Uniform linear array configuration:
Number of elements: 12
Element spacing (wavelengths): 0.5
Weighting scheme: hamming
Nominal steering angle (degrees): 60
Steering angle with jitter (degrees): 61.104
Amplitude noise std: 0.05
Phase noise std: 0.05

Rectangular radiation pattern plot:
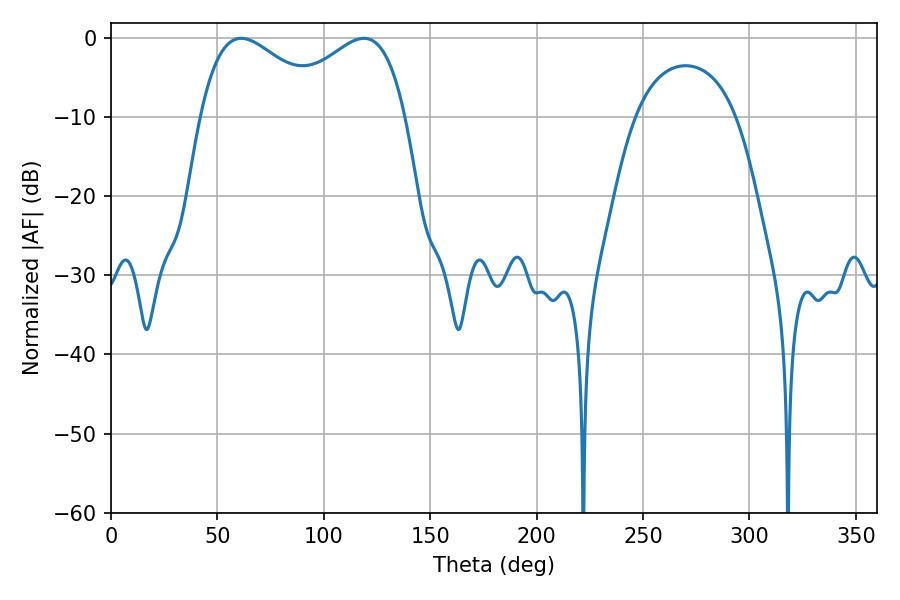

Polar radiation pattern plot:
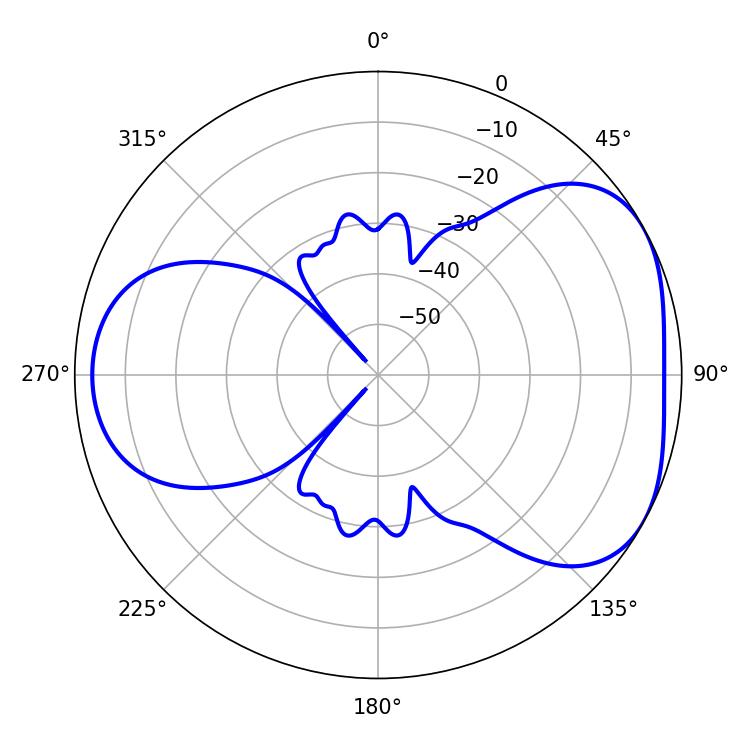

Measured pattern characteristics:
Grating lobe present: FALSE
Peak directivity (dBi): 4.428
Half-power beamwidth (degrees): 32.94
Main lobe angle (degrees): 61.2